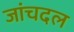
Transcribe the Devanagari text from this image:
जांचदल